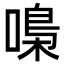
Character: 嘄